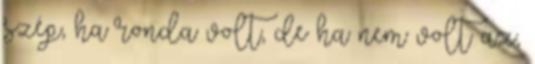
szép, ha ronda volt, de ha nem volt az,